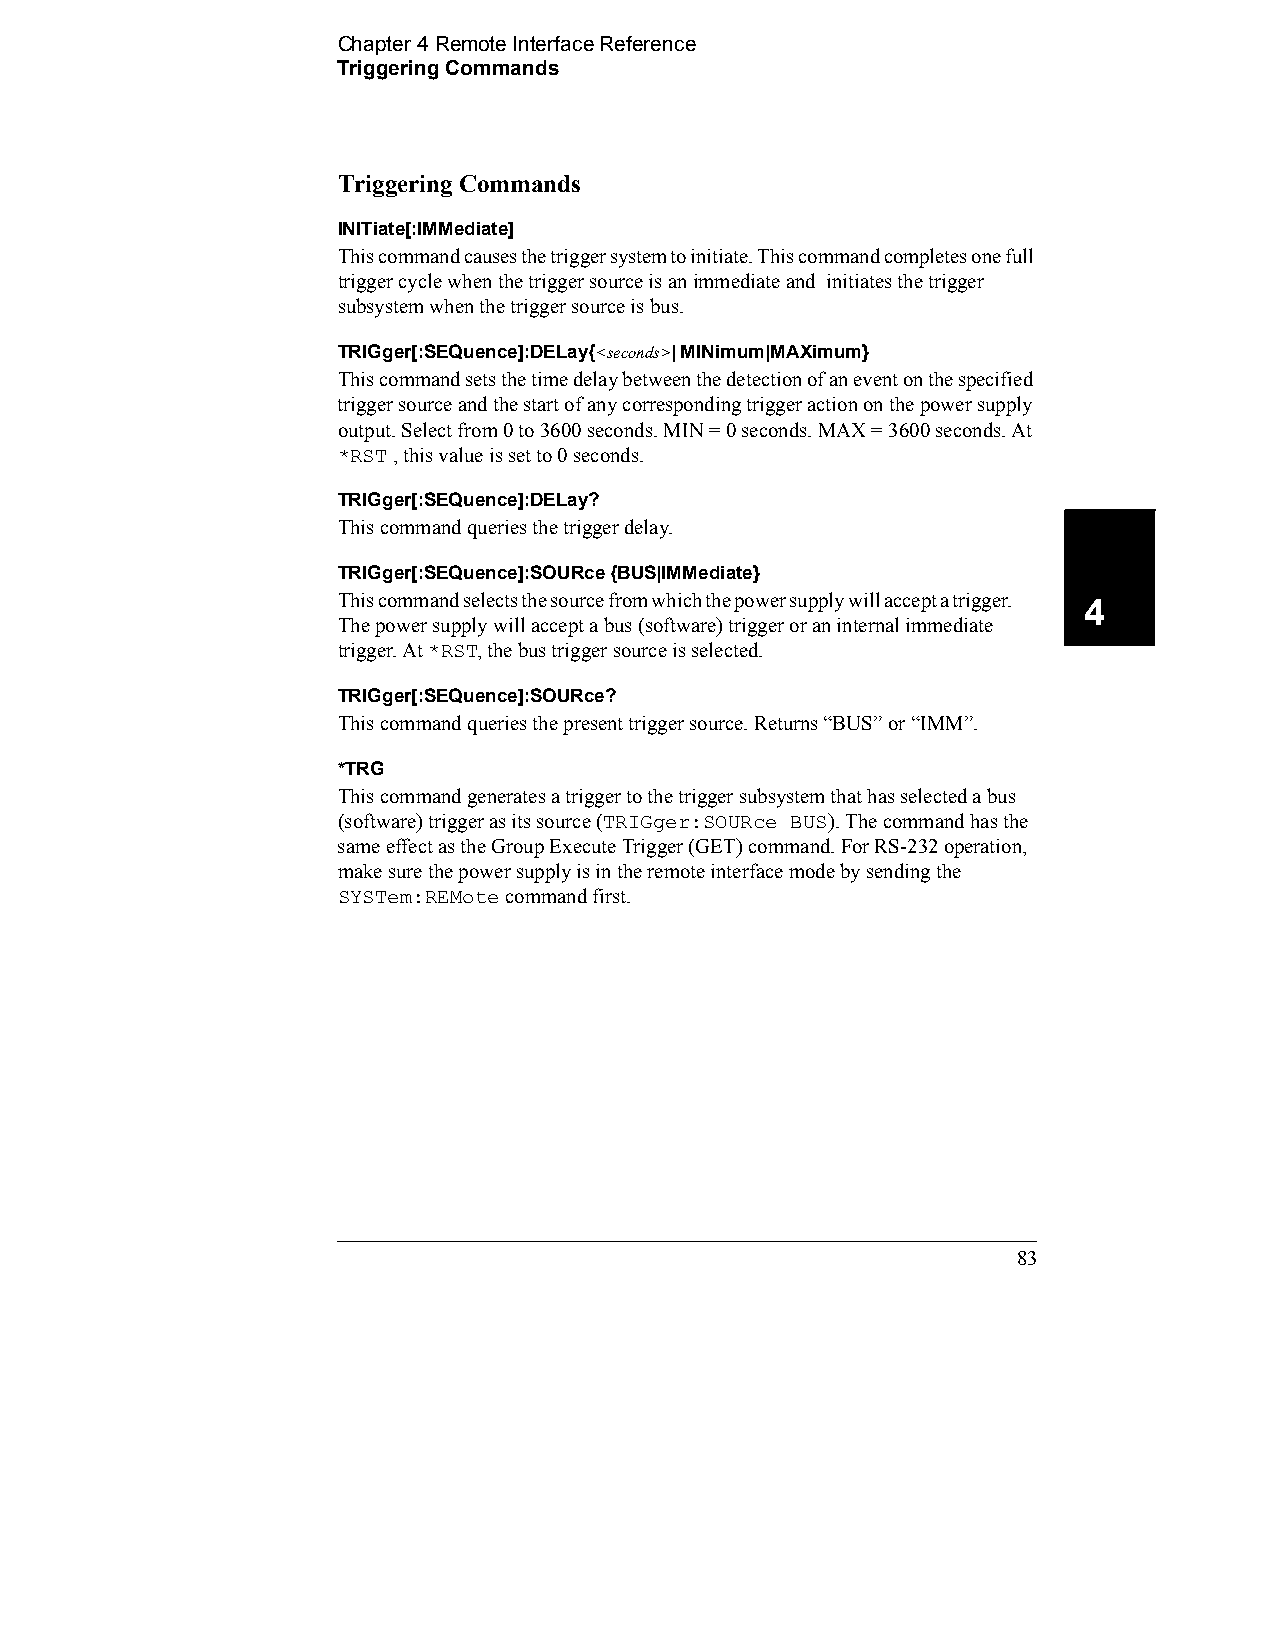
Chapter 4 Remote Interface Reference
 Triggering Commands
 Triggering Commands
 INITiate[:IMMediate]
 This command causes the trigger system to initiate. This command completes one full
 trigger cycle when the trigger source is an immediate and initiates the trigger
 subsystem when the trigger source is bus.
 TRIGger[:SEQuence]:DELay{<seconds>| MINimum|MAXimum}
 This command sets the time delay between the detection of an event on the specified
 trigger source and the start of any corresponding trigger action on the power supply
 output. Select from 0 to 3600 seconds. MIN = 0 seconds. MAX = 3600 seconds. At
 *RST , this value is set to 0 seconds.
 TRIGger[:SEQuence]:DELay?
 This command queries the trigger delay.
 TRIGger[:SEQuence]:SOURce {BUS|IMMediate}
 This command selects the source from which the power supply will accept a trigger. 4
 The power supply will accept a bus (software) trigger or an internal immediate
 trigger. At *RST, the bus trigger source is selected.
 TRIGger[:SEQuence]:SOURce?
 This command queries the present trigger source. Returns “BUS” or “IMM”.
 *TRG
 This command generates a trigger to the trigger subsystem that has selected a bus
 (software) trigger as its source (TRIGger:SOURce BUS). The command has the
 same effect as the Group Execute Trigger (GET) command. For RS-232 operation,
 make sure the power supply is in the remote interface mode by sending the
 SYSTem:REMote command first.
 83